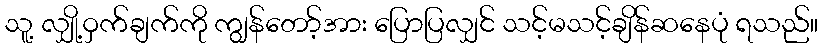
သူ့ လျှို့ဝှက်ချက်ကို ကျွန်တော့်အား ပြောပြလျှင် သင့်မသင့်ချိန်ဆနေပုံ ရသည်။